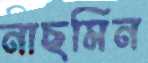
নাছমিন